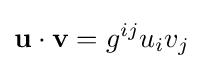
\mathbf {u} \cdot \mathbf {v} =g^{ij}u_{i}v_{j}